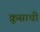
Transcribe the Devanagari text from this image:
क्रूसाची